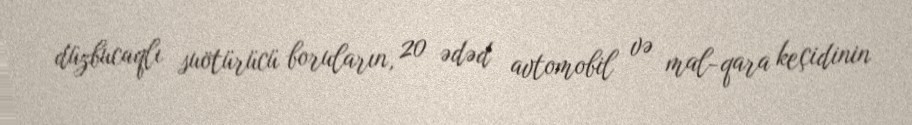
düzbucaqlı suötürücü boruların, 20 ədəd avtomobil və mal-qara keçidinin